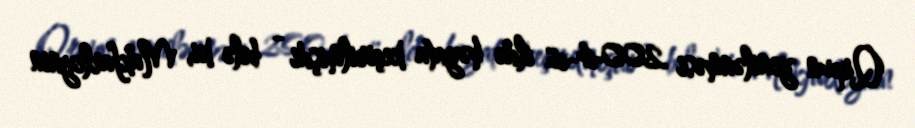
Qrpun yenilənməsi 2004-cü ildə həyata keçirilmişdi - belə ki, Makfarleynin